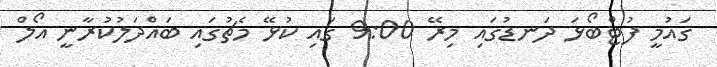
ގައުމީ ފުޓްބޯޅަ ދަނޑުގައި މިރޭ 9:00 ގައި ކުޅޭ މެޗުގައި ބައްދަލުކުރާނީ އޯލް